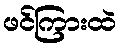
ဖင်ကြားထဲ